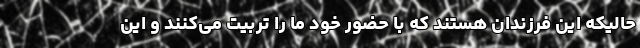
حالیکه این فرزندان هستند که با حضور خود ما را تربیت می‌کنند و این